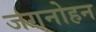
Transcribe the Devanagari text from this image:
जगनोहन